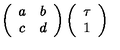
\left( \begin{array} { c c } { a } & { b } \\ { c } & { d } \\ \end{array} \right) \left( \begin{array} { c } { \tau } \\ { 1 } \\ \end{array} \right)